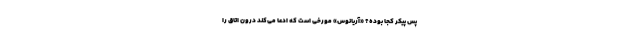
پس پیکر کجا بوده؟ «آریانوس» مورخی است که ادعا می‌کند درون اتاق را